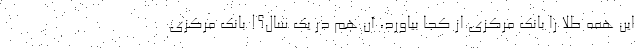
این همه طلا را بانک مرکزی از کجا بیاورد، آن هم در یک سال؟! بانک مرکزی